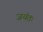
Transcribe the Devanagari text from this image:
जयंतः